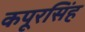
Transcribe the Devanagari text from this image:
कपूरसिंह